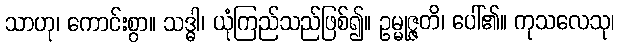
သာဟု၊ ကောင်းစွာ။ သဒ္ဓါ၊ ယုံကြည်သည်ဖြစ်၍။ ဥမ္မုဇ္ဇတိ၊ ပေါ်၏။ ကုသလေသု၊